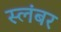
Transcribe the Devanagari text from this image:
स्लंबर